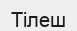
Тілеш